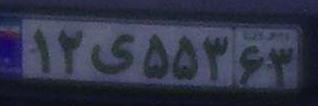
۱۲ی۵۵۳۶۳